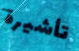
تأشيرة